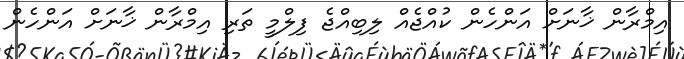
އިމްރާން ޚާނަށް އަންހެން ކުއްޖެއް ލިބިއްޖެ ފިލްމީ ތަރި އިމްރާން ޚާނަށް އަންހެން